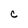
Character: C